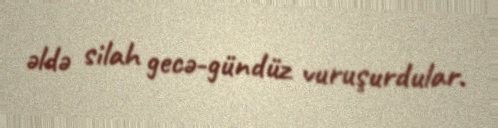
əldə silah gecə-gündüz vuruşurdular.